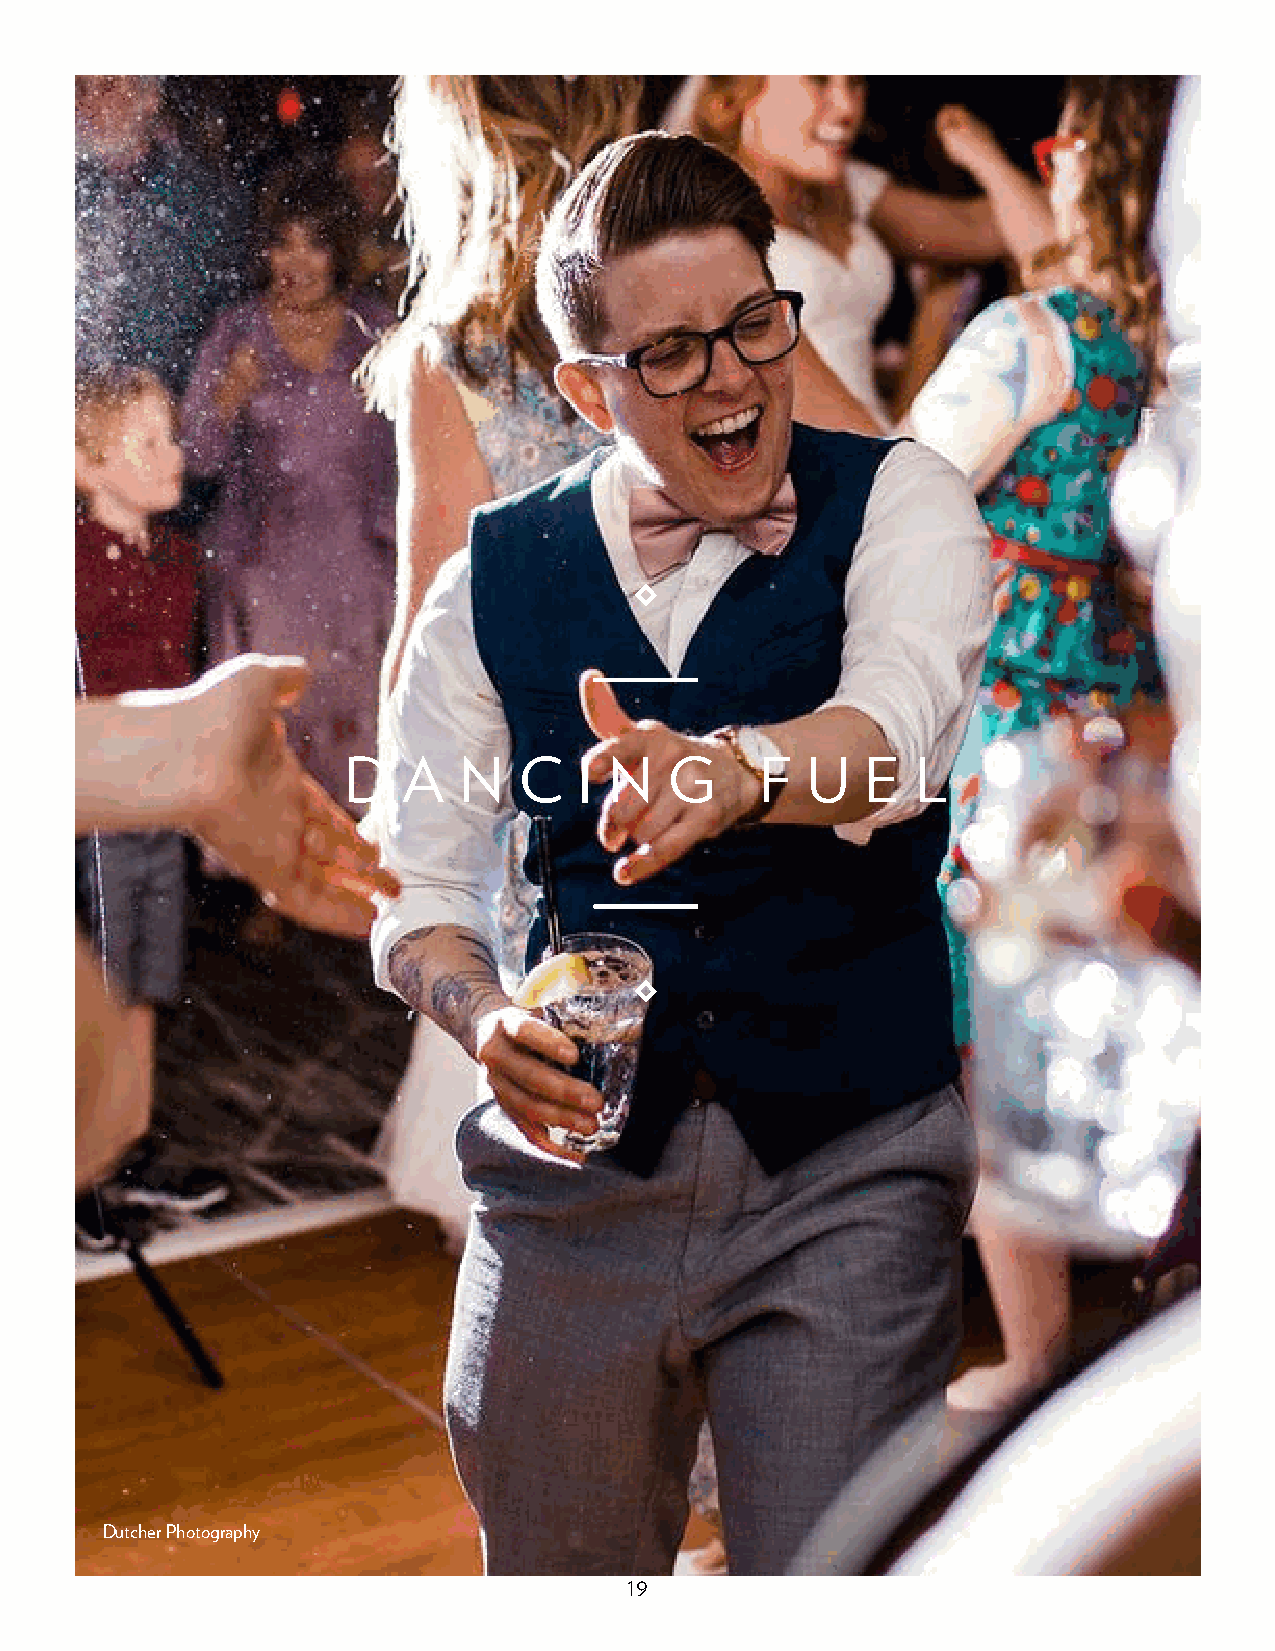
D   A  N   C   I N   G     F  U   E   L
 Dutcher Photography
 19